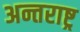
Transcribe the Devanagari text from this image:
अन्तराष्ट्र